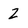
Character: 2